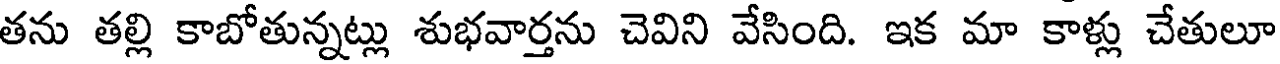
తను తల్లి కాబోతున్నట్లు శుభవార్తను చెవిని వేసింది. ఇక మా కాళ్లు చేతులూ